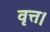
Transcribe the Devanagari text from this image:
वृत्त।